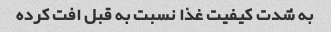
به شدت کیفیت غذا نسبت به قبل افت کرده